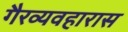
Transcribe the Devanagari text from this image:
गैरव्यवहारास